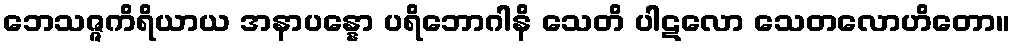
ဘေသဇ္ဇကိရိယာယ အနာပန္နော ပရိဘောဂါနိ သေတိ ပါဋလော သေတလောဟိတော။